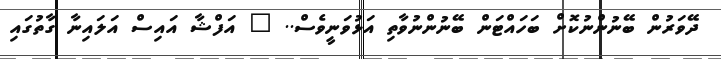
ދޭވަރުން ބޭނުންނުކޮށް ބަހައްޓަން ބޭނުންނުވާތި އަޅުވަނީވެސް.. " އަފްޝާ އައިސް އަލައިނާ ގާތުގައި